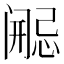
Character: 𫔷